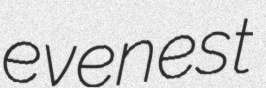
evenest